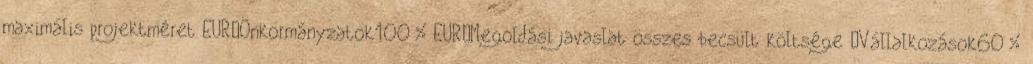
maximális projektméret EUR▪Önkormányzatok100% EUR▪Megoldási javaslat összes becsült költsége ▪Vállalkozások60%